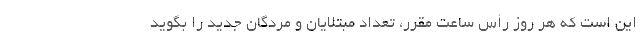
این است که هر روز رأس ساعت مقرر، تعداد مبتلایان و مردگان جدید را بگوید